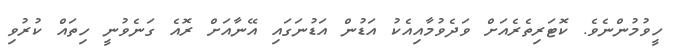
ހީވުމުންނެވެ. ކޮޓަރިތެރެއަށް ވަދެވުމާއިއެކު އަޑުން އަޑުނަގައި އޭނާއަށް ރޮއެ ގަނެވުނީ ހިތައް ކުރުވި